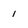
Character: 1